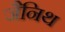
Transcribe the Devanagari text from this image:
जैनिथ